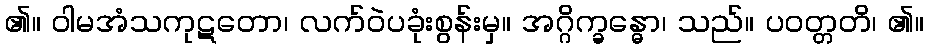
၏။ ဝါမအံသကုဋတော၊ လက်ဝဲပခုံးစွန်းမှ။ အဂ္ဂိက္ခန္ဓော၊ သည်။ ပဝတ္တတိ၊ ၏။